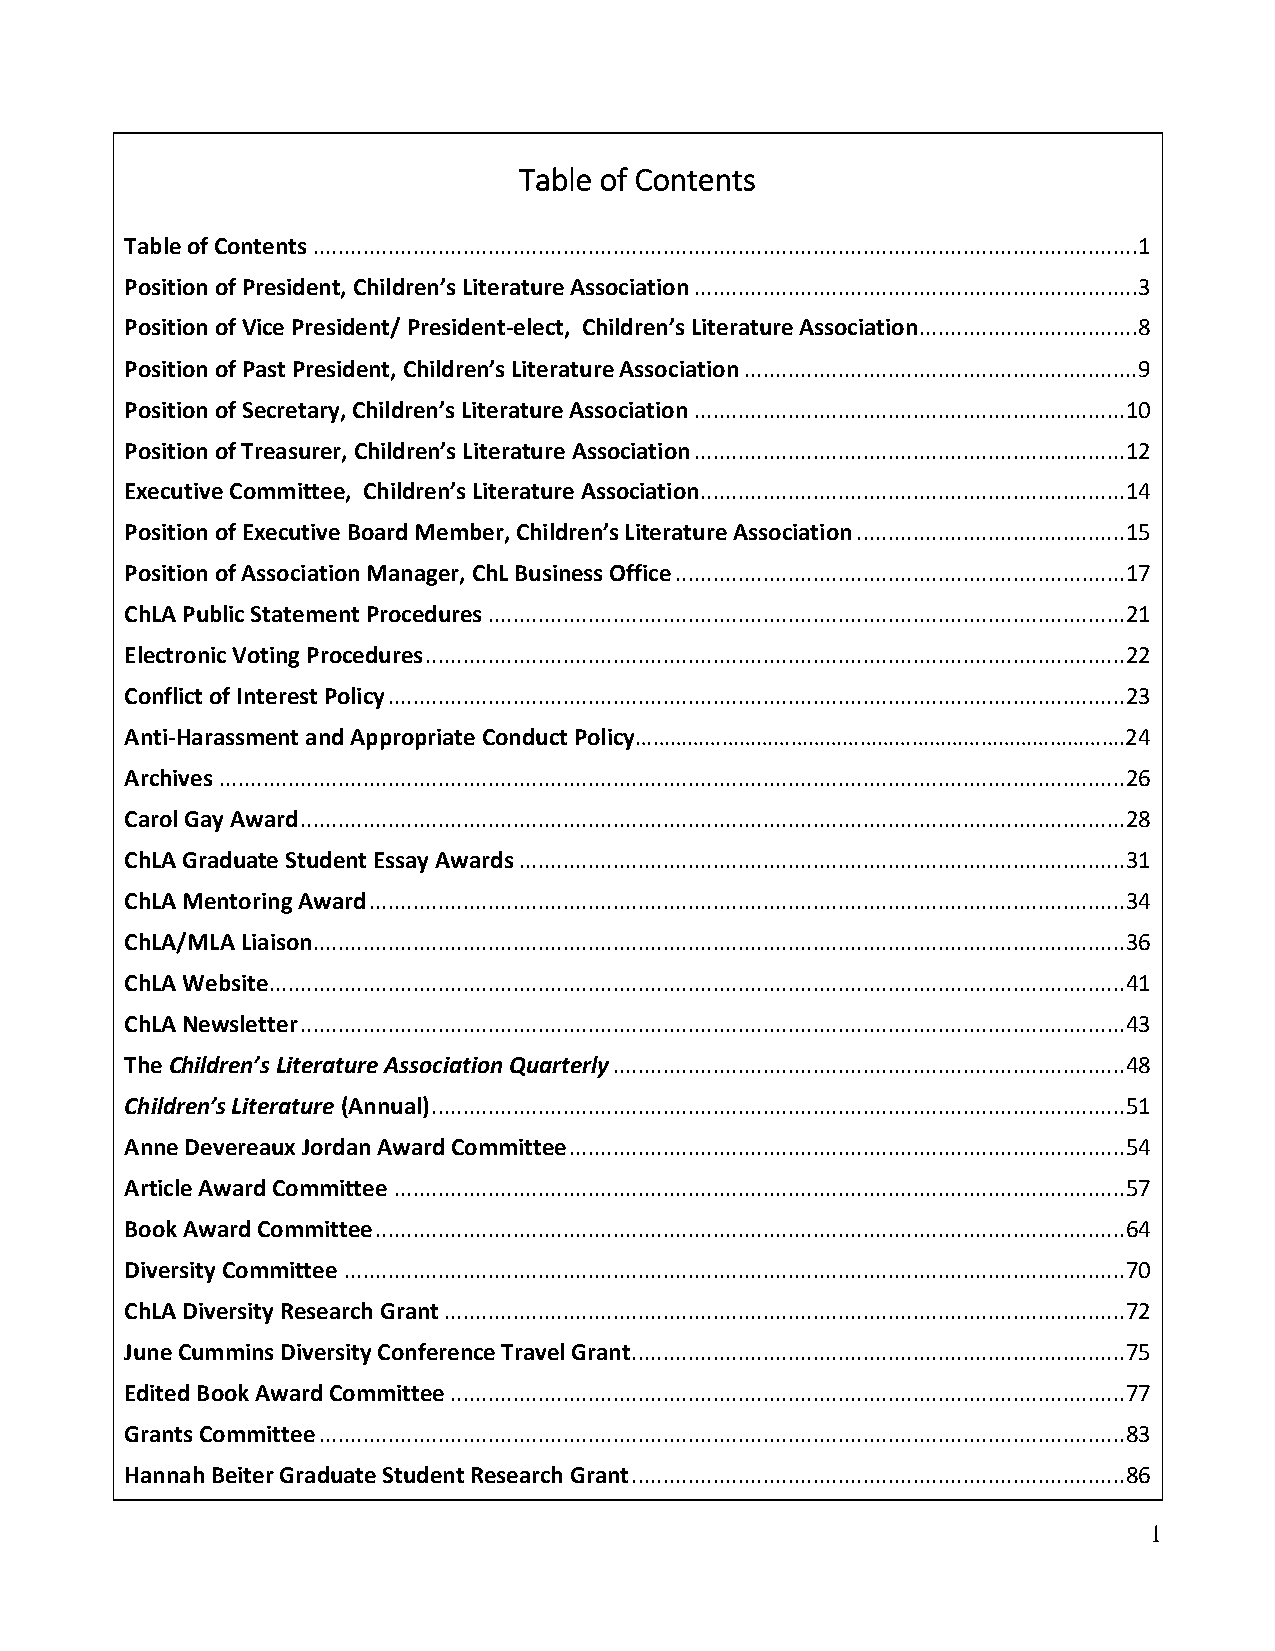
Table of Contents
 Table of Contents .................................................................................................................................... 1
 Position of President, Children’s Literature Association ....................................................................... 3
 Position of Vice President/ President-elect, Children’s Literature Association ................................... 8
 Position of Past President, Children’s Literature Association ............................................................... 9
 Position of Secretary, Children’s Literature Association ..................................................................... 10
 Position of Treasurer, Children’s Literature Association ..................................................................... 12
 Executive Committee, Children’s Literature Association .................................................................... 14
 Position of Executive Board Member, Children’s Literature Association ........................................... 15
 Position of Association Manager, ChL Business Office ........................................................................ 17
 ChLA Public Statement Procedures ...................................................................................................... 21
 Electronic Voting Procedures ................................................................................................................ 22
 Conflict of Interest Policy ...................................................................................................................... 23
 Anti-Harassment and Appropriate Conduct Policy………………………………………………………………………….24
 Archives ................................................................................................................................................. 26
 Carol Gay Award .................................................................................................................................... 28
 ChLA Graduate Student Essay Awards ................................................................................................. 31
 ChLA Mentoring Award ......................................................................................................................... 34
 ChLA/MLA Liaison.................................................................................................................................. 36
 ChLA Website ......................................................................................................................................... 41
 ChLA Newsletter .................................................................................................................................... 43
 The Children’s Literature Association Quarterly .................................................................................. 48
 Children’s Literature (Annual) ............................................................................................................... 51
 Anne Devereaux Jordan Award Committee ......................................................................................... 54
 Article Award Committee ..................................................................................................................... 57
 Book Award Committee ........................................................................................................................ 64
 Diversity Committee ............................................................................................................................. 70
 ChLA Diversity Research Grant ............................................................................................................. 72
 June Cummins Diversity Conference Travel Grant ............................................................................... 75
 Edited Book Award Committee ............................................................................................................ 77
 Grants Committee ................................................................................................................................. 83
 Hannah Beiter Graduate Student Research Grant ............................................................................... 86
 1